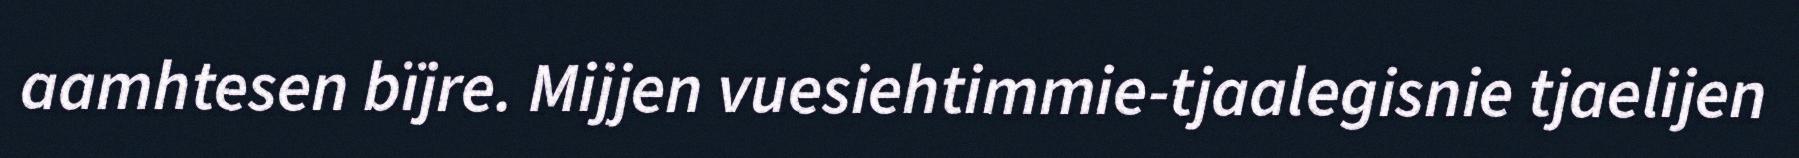
aamhtesen bïjre. Mijjen vuesiehtimmie-tjaalegisnie tjaelijen